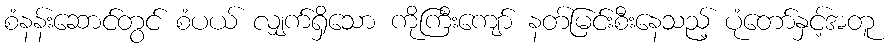
စံနန်းဆောင်တွင် စံပယ် လျှက်ရှိသော ကိုကြီးကျော် နတ်မြင်းစီးနေသည့် ပုံတော်နှင့်အတူ